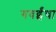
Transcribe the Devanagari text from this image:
गवईंचा